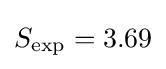
S_{\rm {exp}}=3.69